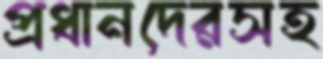
প্রধানদেরসহ